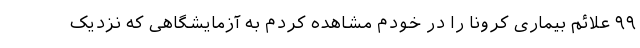
۹۹ علائم بیماری کرونا را در خودم مشاهده کردم به آزمایشگاهی که نزدیک